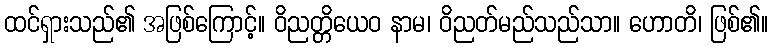
ထင်ရှားသည်၏ အဖြစ်ကြောင့်။ ဝိညတ္တိယေဝ နာမ၊ ဝိညတ်မည်သည်သာ။ ဟောတိ၊ ဖြစ်၏။